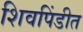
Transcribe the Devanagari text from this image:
शिवपिंडीत